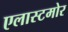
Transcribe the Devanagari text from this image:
एलास्टमोर